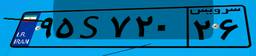
۸۵S۴۷۰۷۸